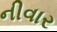
નીવાર